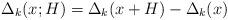
LaTeX: \begin{align*}\Delta_k(x;H) = \Delta_k(x+H)-\Delta_k(x)\end{align*}